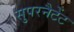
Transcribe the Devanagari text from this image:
सुपरनैटेंट